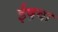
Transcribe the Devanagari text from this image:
ईष़वा